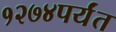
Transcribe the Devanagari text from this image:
१२७४पर्यंत